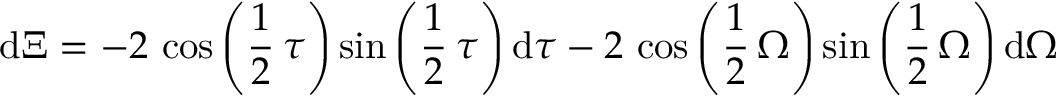
\mathrm { d } \Xi = - 2 \, \cos \left( \frac { 1 } { 2 } \, { \tau } \right) \sin \left( \frac { 1 } { 2 } \, { \tau } \right) \mathrm { d } { \tau } - 2 \, \cos \left( \frac { 1 } { 2 } \, { \Omega } \right) \sin \left( \frac { 1 } { 2 } \, { \Omega } \right) \mathrm { d } { \Omega }